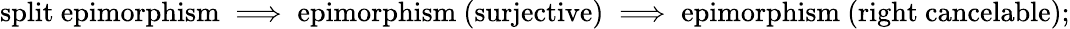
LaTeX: {\mathrm{split~epimorphism}}\implies{\mathrm{epimorphism~(surjective)}}\implies{\mathrm{epimorphism~(right~cancelable)}};